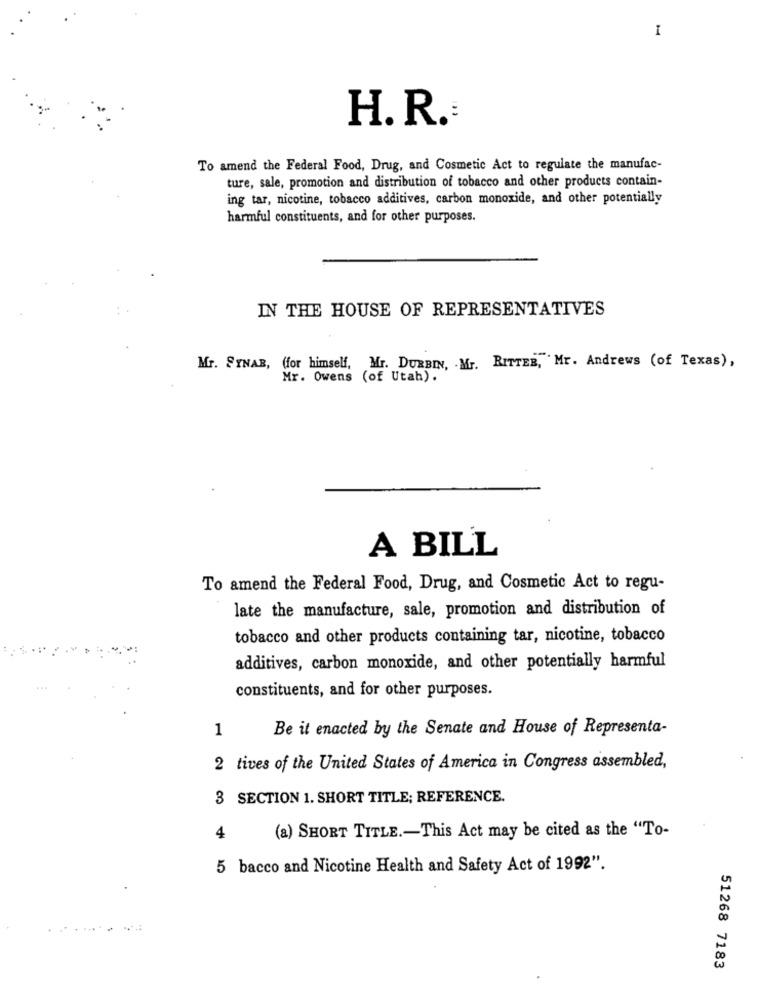
I
H. R .:
To amend the Federal Food, Drug, and Cosmetic Act to regulate the manufac-
ture, sale, promotion and distribution of tobacco and other products contain-
ing tar, nicotine, tobacco additives, carbon monoxide, and other potentially
harmful constituents, and for other purposes.
IN THE HOUSE OF REPRESENTATIVES
Mr. SYNAB, (for himself, Mr. DURBIN, Mr. RITTER, Mr. Andrews (of Texas),
Mr. Owens (of Utah).
A BILL
To amend the Federal Food, Drug, and Cosmetic Act to regu-
late the manufacture, sale, promotion and distribution of
tobacco and other products containing tar, nicotine, tobacco
additives, carbon monoxide, and other potentially harmful
constituents, and for other purposes.
1
Be it enacted by the Senate and House of Representa-
2 tives of the United States of America in Congress assembled,
3 SECTION 1. SHORT TITLE; REFERENCE.
(a) SHORT TITLE .- This Act may be cited as the "To-
4
5 bacco and Nicotine Health and Safety Act of 1992".
51268 7183